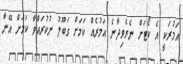
އަމުރަކީ އެ ކޯޓަށް ނެރެވިދާނެ އަމުރެއް ކަމަށް ގަބޫލު ނުކުރައްވާ ކަމަށް އޭނާ